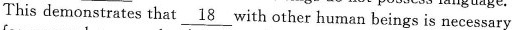
This demonstrates that \underline{18} with other human beings is necessary